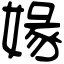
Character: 𡟇